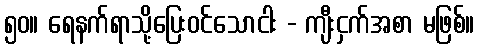
၅၀။ ရေနက်ရာသို့ပြေးဝင်သောငါး - ကျီးငှက်အစာ မဖြစ်။